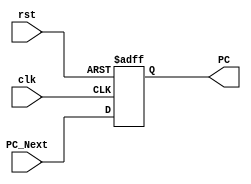
module PC_Module(clk,rst,PC,PC_Next);
    input clk,rst;
    input [255:0]PC_Next;
    output reg [255:0]PC;

    always @(negedge clk or negedge rst)
    begin
        if(rst == 1'b0)
            PC <= 256'd0;
        else
            PC <= PC_Next;
    end
endmodule